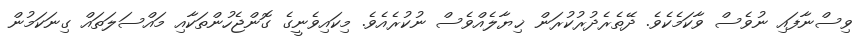
ވިސްނާފައި ނުވެސް ވާކަމެކެވެ. ދޭތެރެދުރުކުރަން ޚިޔާލެއްވެސް ނުކުރެއެވެ. މިކައިވެނީގެ ގޮންޖެހުންތަކާއި މައްސަލަތައް ގިނަކަމުން